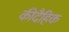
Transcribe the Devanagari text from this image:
कीदैहिक